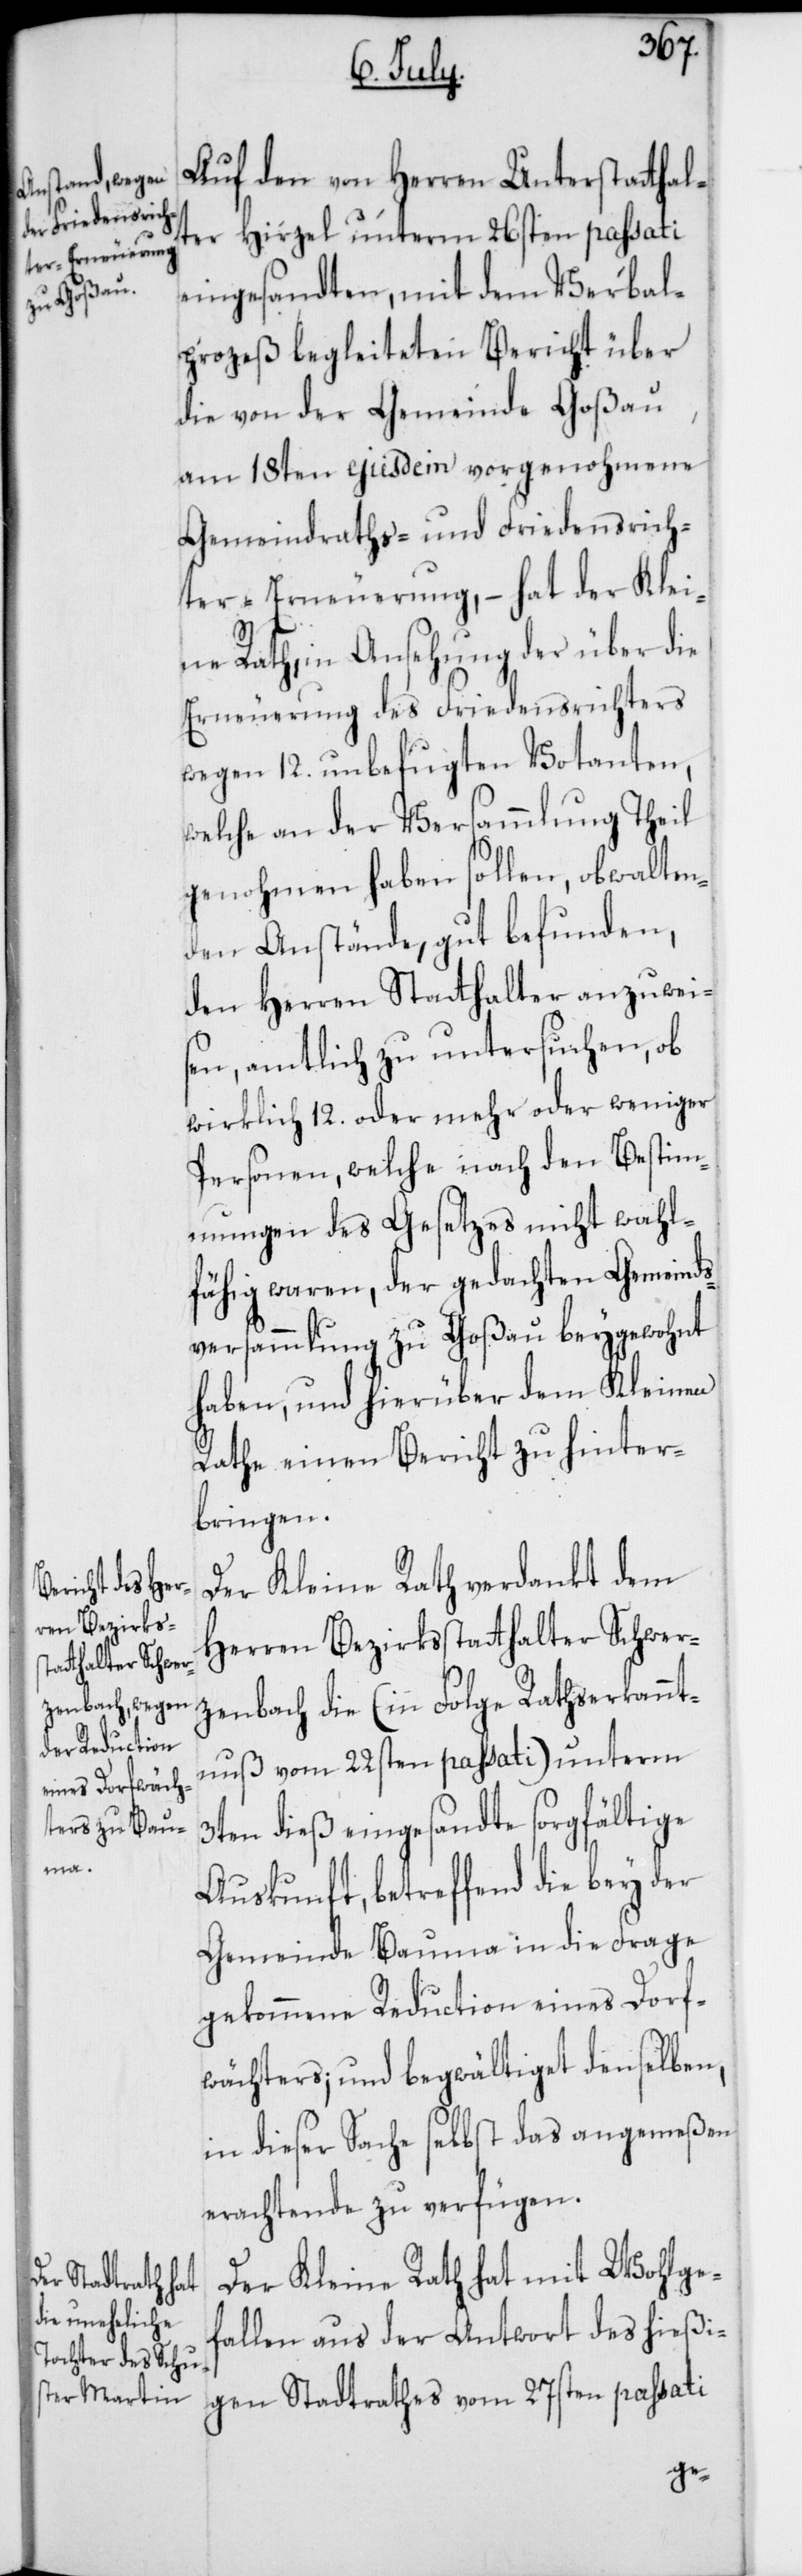
Auf den von Herren Unterstatthal¬
ter Hirzel unterm 26sten passati
eingesandten, mit dem Verbal¬
prozeß begleiteten Bericht über
die von der Gemeinde Goßau
am 18ten ejusdem vorgenohmene
Gemeindraths- und Friedensrich¬
ter-Erneuerung, – hat der Klei¬
ne Rath, in Ansehung der über die
Erneuerung des Friedensrichters
wegen 12. unbefugten Votanten,
welche an der Versammlung Theil
genohmen haben sollen, obwalten¬
den Anstände, gut befunden,
den Herren Stathalter anzuwei¬
sen, amtlich zu untersuchen, ob
wirklich 12. oder mehr oder weniger
Personen, welche nach den Bestim¬
mungen des Gesetzes nicht wahl¬
fähig waren, der gedachten Gemeinds¬
versammlung zu Goßau beygewohnt
haben, und hierüber dem Kleinen
Rathe einen Bericht zu hinter¬
bringen.
Der Kleine Rath verdankt dem
Herren Bezirksstatthalter Schwer¬
zenbach die (in Folge Rathserkannt¬
nuß vom 22sten passati) unterm
3ten dieß eingesandte sorgfältige
Auskunft, betreffend die bey der
Gemeinde Bauma in die Frage
gekommene Reduction eines Dorf¬
wächters; und begwältiget denselben,
in dieser Sache selbst das angemeßen
erachtende zu verfügen.
Der Kleine Rath hat mit Wohlge¬
fallen aus der Antwort des hießi¬
gen Stadtrathes vom 27sten passati